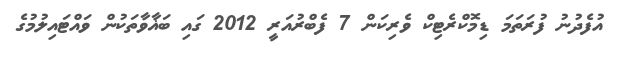
އުފެދުނު ފުރަތަމަ ޑިމޮކްރެޓިކް ވެރިކަން 7 ފެބްރުއަރީ 2012 ގައި ބަޣާވާތަކުން ވައްޓައިލުމުގެ